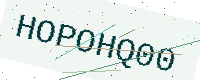
Text: HOPOHQ00